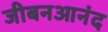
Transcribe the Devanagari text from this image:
जीबनआनंद